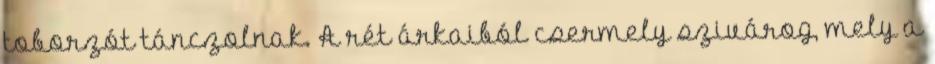
toborzót tánczolnak. A rét árkaiból csermely szivárog, mely a